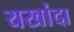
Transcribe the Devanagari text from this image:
यखांदा